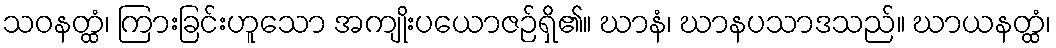
သဝနတ္ထံ၊ ကြားခြင်းဟူသော အကျိုးပယောဇဉ်ရှိ၏။ ဃာနံ၊ ဃာနပသာဒသည်။ ဃာယနတ္ထံ၊